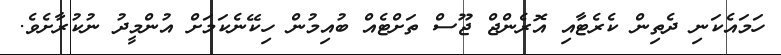
ހަމައެކަނި ދެތިން ކެރެޓާއި އޮރެންޖް ޖޫސް ތަށްޓެއް ބުއިމުން ހިކޭނެކަމަށް އުންމީދު ނުކުރާށެވެ.